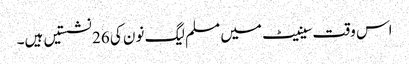
اس وقت سینیٹ میں مسلم لیگ نون کی 26 نشستیں ہیں۔